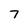
Character: 7